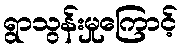
ရွာသွန်းမှုကြောင့်